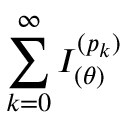
\sum _ { k = 0 } ^ { \infty } I _ { ( \theta ) } ^ { ( p _ { k } ) }